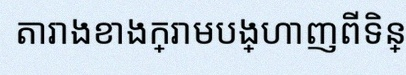
តារាងខាងក្រោមបង្ហាញពីទិន្នន័យ